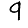
Digit: 9